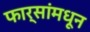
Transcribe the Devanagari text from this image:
फार्सांमधून